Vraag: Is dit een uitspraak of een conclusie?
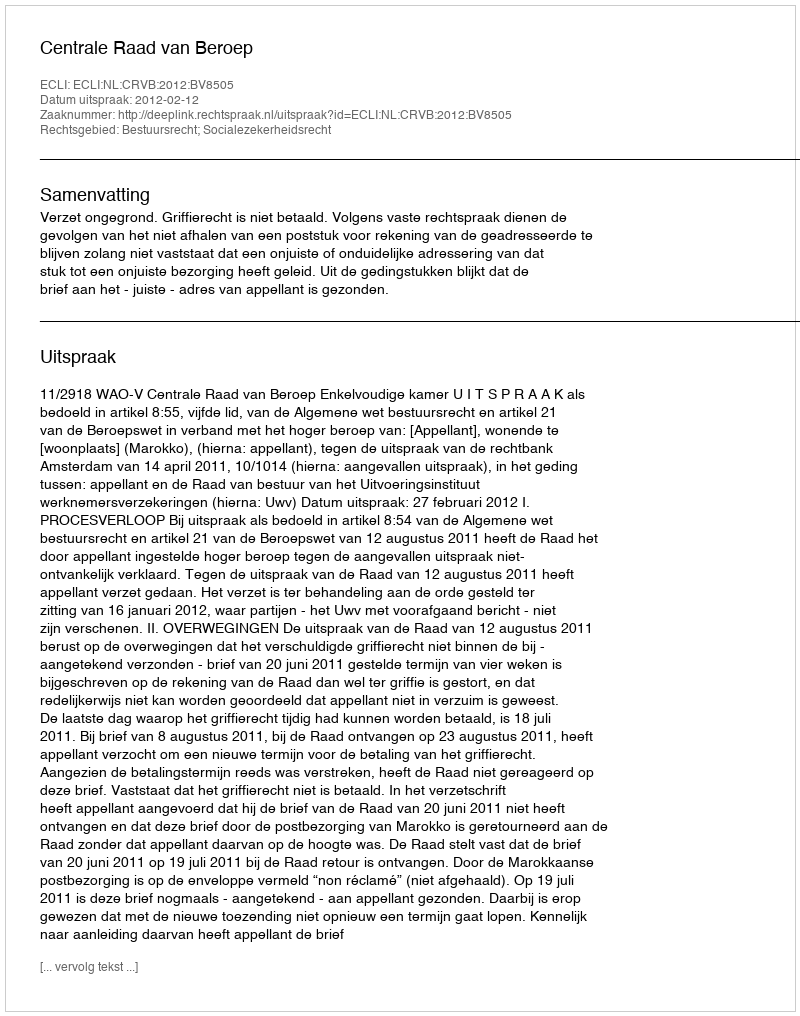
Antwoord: Uitspraak